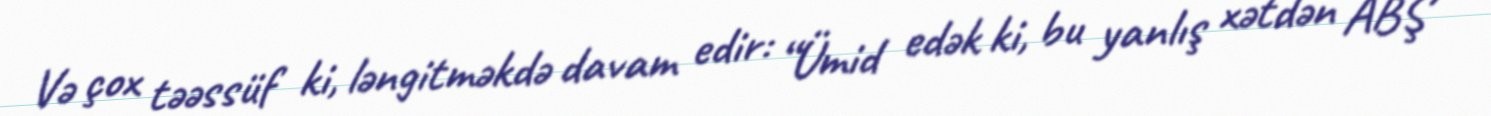
Və çox təəssüf ki, ləngitməkdə davam edir: “Ümid edək ki, bu yanlış xətdən ABŞ